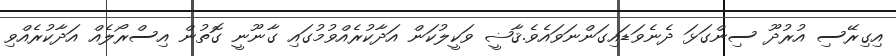
އިގިރޭސި އުރުދޫ ސިންގަޅަ ދެނެވަޑައިގަންނަވައެވެ.ޤާޟީ ވަކީލުކަން އަދާކުރެއްވުމުގައި ގާނޫނީ ގޮތުން އިސްރޯލެއް އަދާކުރެއްވި